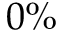
0 \%